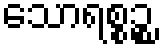
သောရစ္စဉ္စ